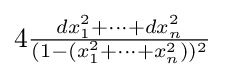
4{\tfrac {dx_{1}^{2}+\cdots +dx_{n}^{2}}{(1-(x_{1}^{2}+\cdots +x_{n}^{2}))^{2}}}